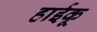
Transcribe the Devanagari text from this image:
हाईकू